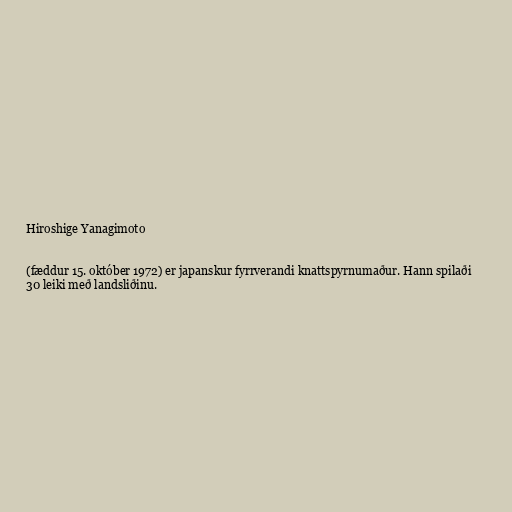
Hiroshige Yanagimoto

(fæddur 15. október 1972) er japanskur fyrrverandi knattspyrnumaður. Hann spilaði
30 leiki með landsliðinu.